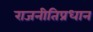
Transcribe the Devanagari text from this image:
राजनीतिप्रधान